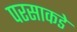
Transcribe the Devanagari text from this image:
परसाकडे